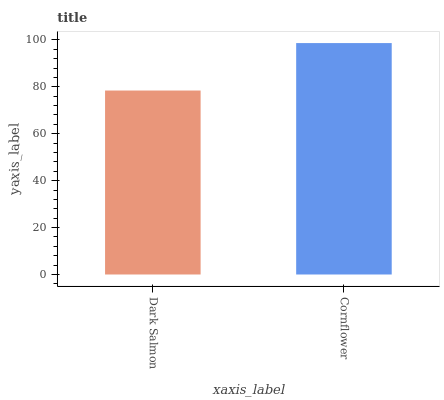
| xaxis_label | bars |
 | --- | --- |
 | Dark Salmon | 78.4 |
 | Cornflower | 98.6 |